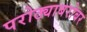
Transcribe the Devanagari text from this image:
परोठ्याबरोबर